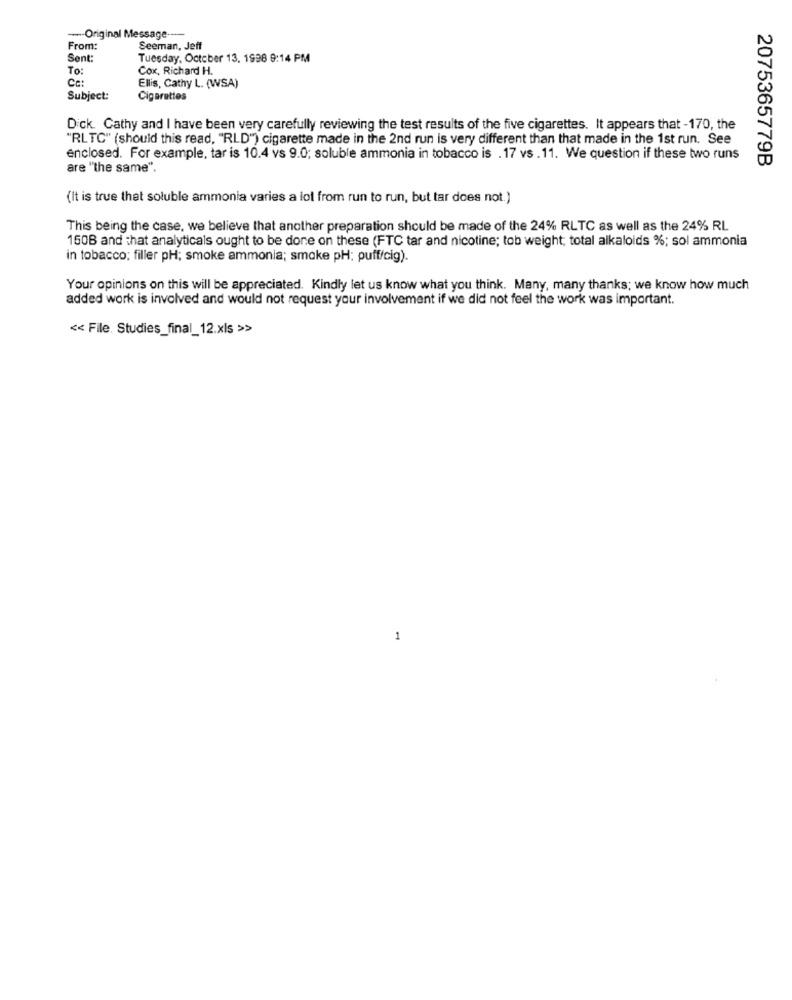
-- Original Message ----
From:
Seeman, Jeff
Sent:
Tuesday, October 13, 1996 9:14 PM
To:
Cox, Richard H.
Ce:
Ellis, Cathy L. (WSA)
Subject:
Cigarettes
Dick. Cathy and I have been very carefully reviewing the test results of the five cigarettes. It appears that -170, the
"RLTC" (should this read, "RLD") cigarette made in the 2nd run is very different than that made in the 1st run. See
enclosed. For example, tar is 10.4 vs 9.0; soluble ammonia in tobacco is . 17 vs . 11. We question if these two runs
2075365779B
are "the same".
(It is true that soluble ammonia varies a lot from run to run, but tar does not.)
This being the case, we believe that another preparation should be made of the 24% RLTC as well as the 24% RL
150B and that analyticals ought to be done on these (FTC tar and nicotine; tob weight; total alkaloids %; sol ammonia
in tobacco; filler pH; smoke ammonia; smoke pH; puff/cig).
Your opinions on this will be appreciated. Kindly let us know what you think. Many, many thanks; we know how much
added work is involved and would not request your involvement if we did not feel the work was important.
<< File. Studies_final_12.xls >>
1